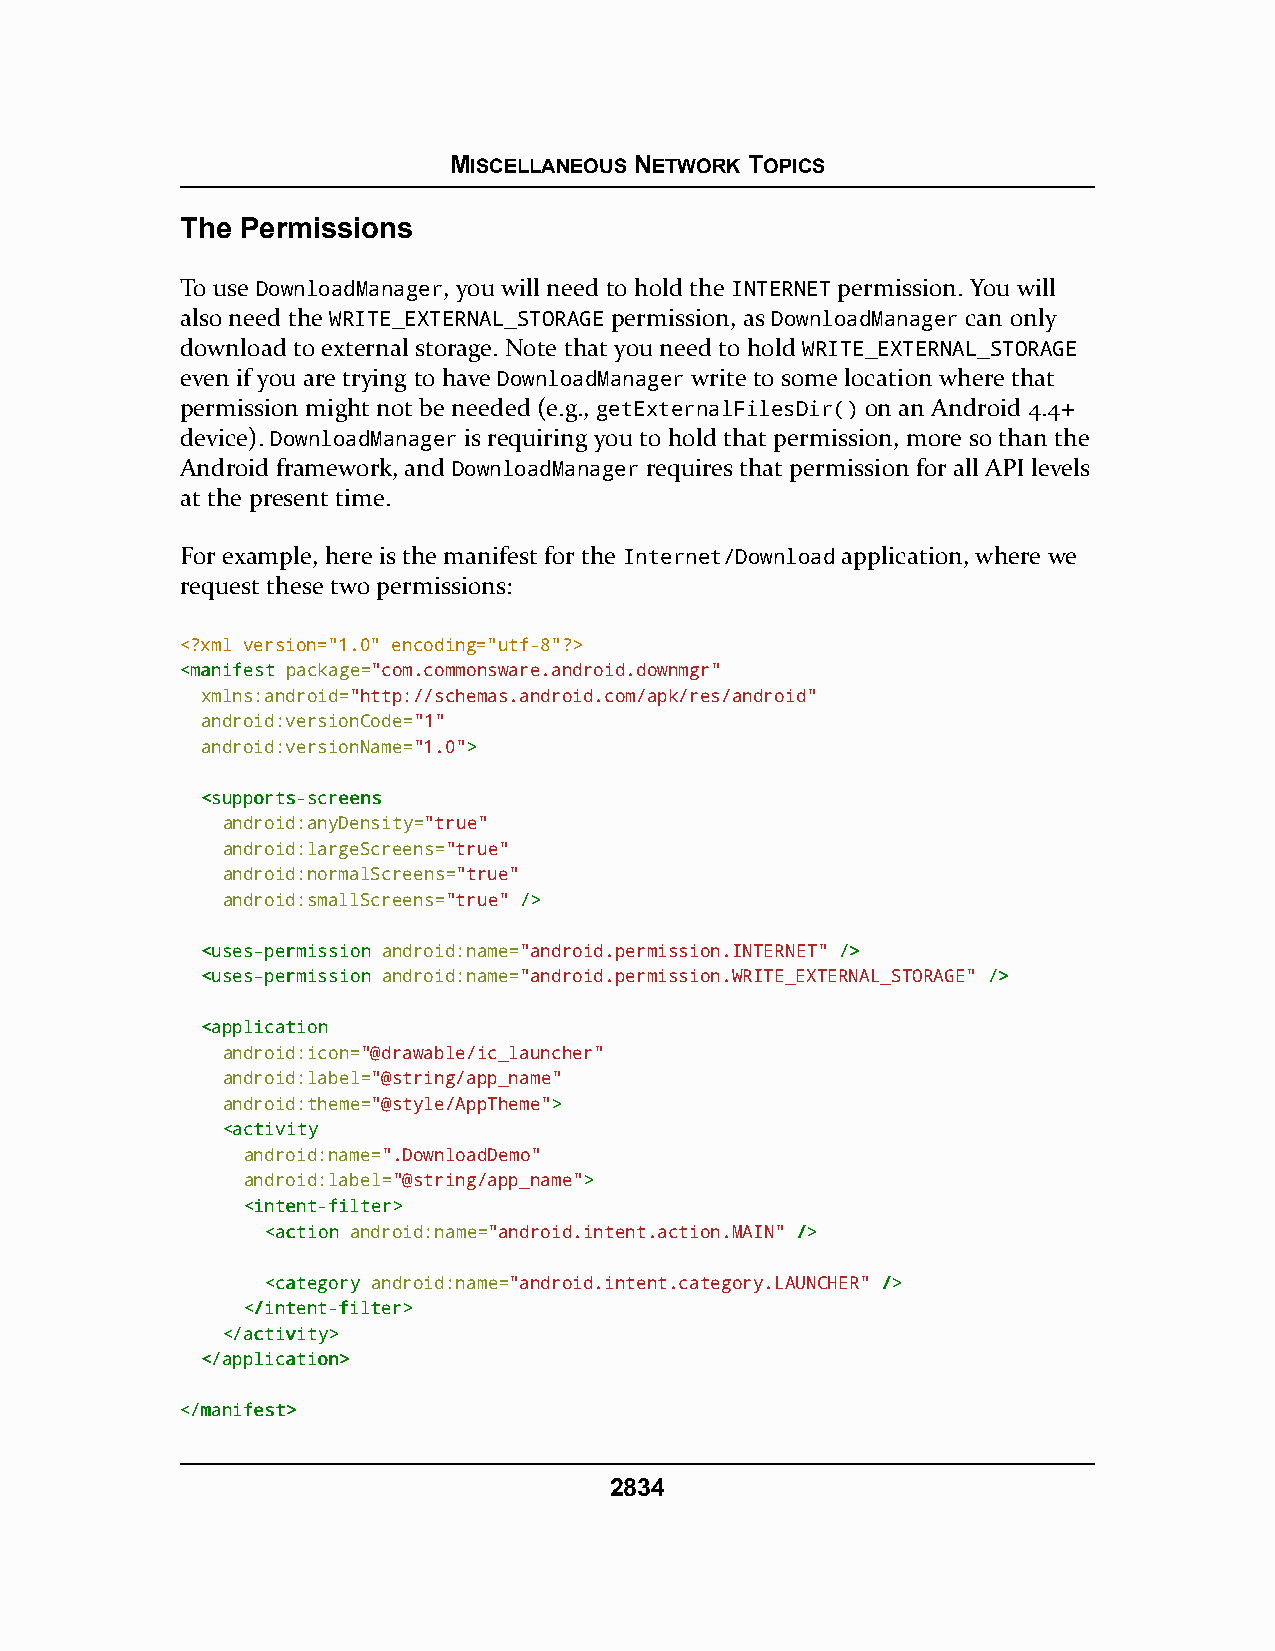
MISCELLANEOUS NETWORK TOPICS
 The Permissions
 To use DownloadManager, you will need to hold the INTERNET permission. You will
 also need the WRITE_EXTERNAL_STORAGE permission, as DownloadManager can only
 download to external storage. Note that you need to hold WRITE_EXTERNAL_STORAGE
 even if you are trying to have DownloadManager write to some location where that
 permission might not be needed (e.g., getExternalFilesDir() on an Android 4.4+
 device). DownloadManager is requiring you to hold that permission, more so than the
 Android framework, and DownloadManager requires that permission for all API levels
 at the present time.
 For example, here is the manifest for the Internet/Download application, where we
 request these two permissions:
 <?xml version="1.0" encoding="utf-8"?>
 <<mmaanniiffeesstt package="com.commonsware.android.downmgr"
 xmlns:android="http://schemas.android.com/apk/res/android"
 android:versionCode="1"
 android:versionName="1.0">>
 <<ssuuppppoorrttss--ssccrreeeennss
 android:anyDensity="true"
 android:largeScreens="true"
 android:normalScreens="true"
 android:smallScreens="true" //>>
 <<uusseess--ppeerrmmiissssiioonn android:name="android.permission.INTERNET" //>>
 <<uusseess--ppeerrmmiissssiioonn android:name="android.permission.WRITE_EXTERNAL_STORAGE" //>>
 <<aapppplliiccaattiioonn
 android:icon="@drawable/ic_launcher"
 android:label="@string/app_name"
 android:theme="@style/AppTheme">>
 <<aaccttiivviittyy
 android:name=".DownloadDemo"
 android:label="@string/app_name">>
 <<iinntteenntt--ffiilltteerr>>
 <<aaccttiioonn android:name="android.intent.action.MAIN" //>>
 <<ccaatteeggoorryy android:name="android.intent.category.LAUNCHER" //>>
 <<//iinntteenntt--ffiilltteerr>>
 <<//aaccttiivviittyy>>
 <<//aapppplliiccaattiioonn>>
 <<//mmaanniiffeesstt>>
 2834